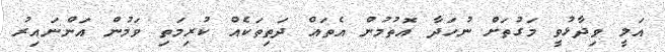
އަލީ ވިދާޅުވީ މަގުތަށް ނުހަދާ އޮތުމުން އެތައް ދަތިތަކެއް ކުރިމަތި ވަމުން އަންނައިރު